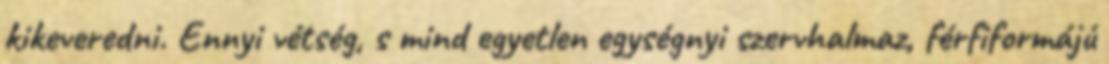
kikeveredni. Ennyi vétség, s mind egyetlen egységnyi szervhalmaz, férfiformájú